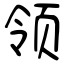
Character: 领